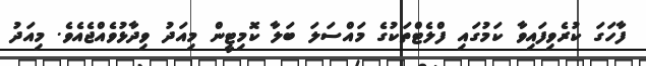
ފާހަގަ ކުރެވިފައިވާ ކަމުގައި ފްލެޓްތަކުގެ މައްސަލަ ބަލާ ކޮމިޓީން މިއަދު ވިދާޅުވެއްޖެއެވެ. މިއަދު